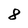
Character: 8